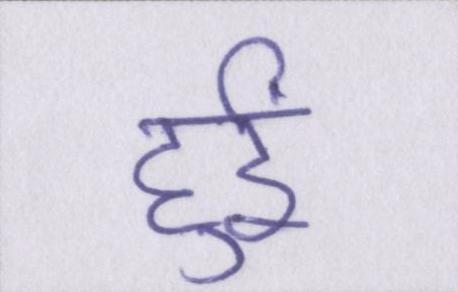
हुईं